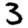
Digit: 3